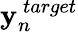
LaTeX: {\mathbf y}_{n}^{~target}